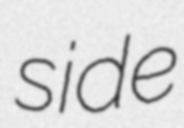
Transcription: side